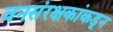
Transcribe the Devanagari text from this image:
वनसंरक्षकांकडून